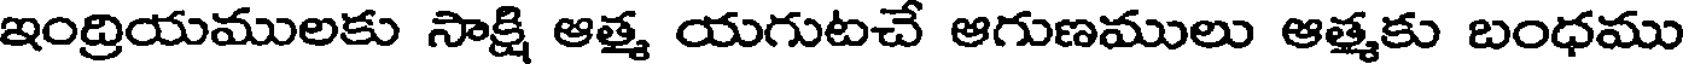
ఇంద్రియములకు సాక్షి ఆత్మ యగుటచే ఆగుణములు ఆత్మకు బంధము